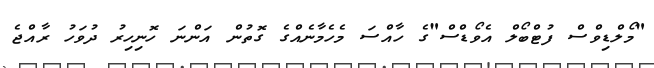
"މޯލްޑިވްސް ފުޓްބޯލް އެވޯޑްސް"ގެ ހާއްސަ މެހެމާނެއްގެ ގޮތުން އަންނަ ހޮނިހިރު ދުވަހު ރާއްޖެ